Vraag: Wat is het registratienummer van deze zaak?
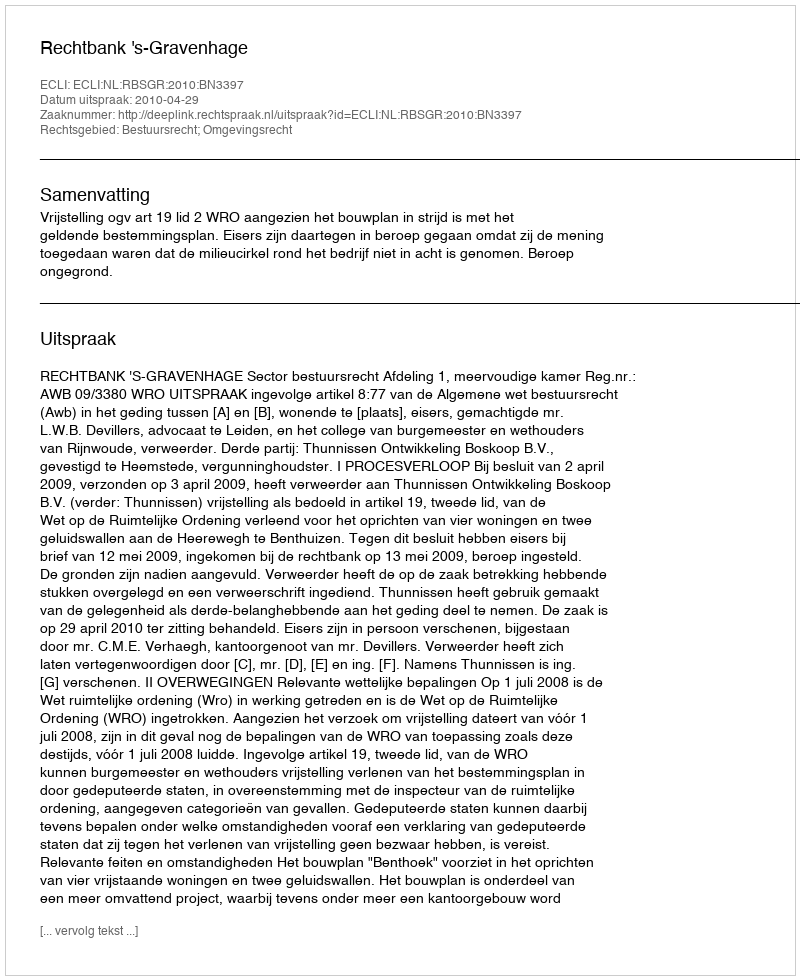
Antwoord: http://deeplink.rechtspraak.nl/uitspraak?id=ECLI:NL:RBSGR:2010:BN3397